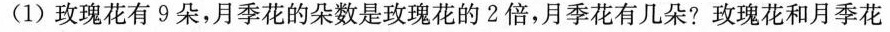
(1)玫瑰花有9朵，月季花的朵数是玫瑰花的2倍，月季花有几朵?玫瑰花和月季花